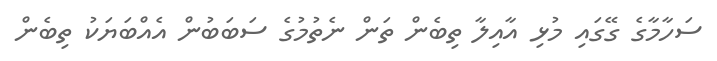
ސަހާމާގެ ގޭގައި މުޅި އާއިލާ ތިބެން ތަން ނެތުމުގެ ސަބަބުން އެއްބަޔަކު ތިބެން